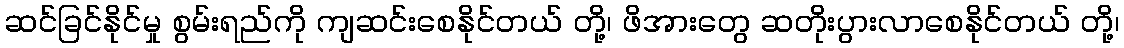
ဆင်ခြင်နိုင်မှု စွမ်းရည်ကို ကျဆင်းစေနိုင်တယ် တို့၊ ဖိအားတွေ ဆတိုးပွားလာစေနိုင်တယ် တို့၊